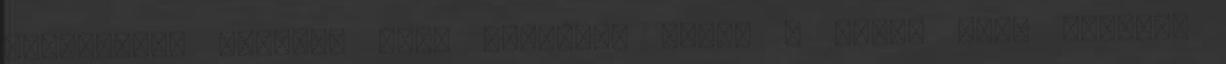
betegségek aránya. Elég ritkának tűnik a búza, nem? Mármint